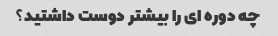
چه دوره ای را بیشتر دوست داشتید؟